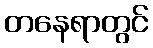
တနေရာတွင်